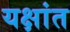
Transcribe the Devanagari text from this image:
यक्षांत